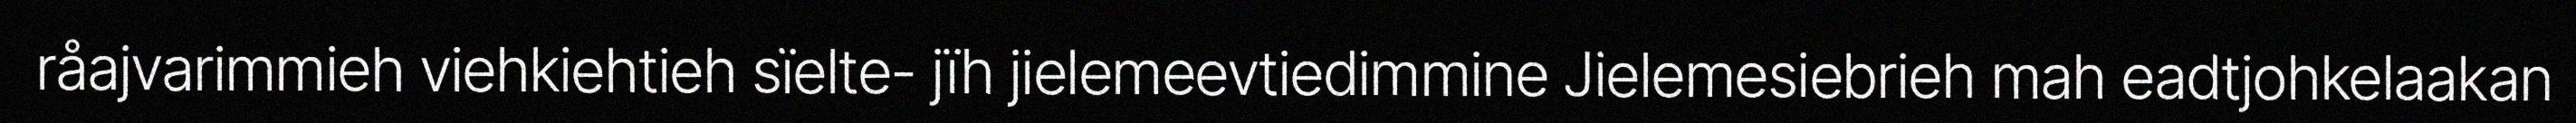
råajvarimmieh viehkiehtieh sïelte- jïh jielemeevtiedimmine Jielemesiebrieh mah eadtjohkelaakan